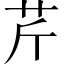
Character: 芹